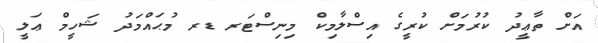
އަށް ތާޢީދު ކުރުމަށް ކުރީގެ އިސްލާމިކް މިނިސްޓަރ ޑރ މުޙައްމަދު ޝަހީމް ޢަލީ